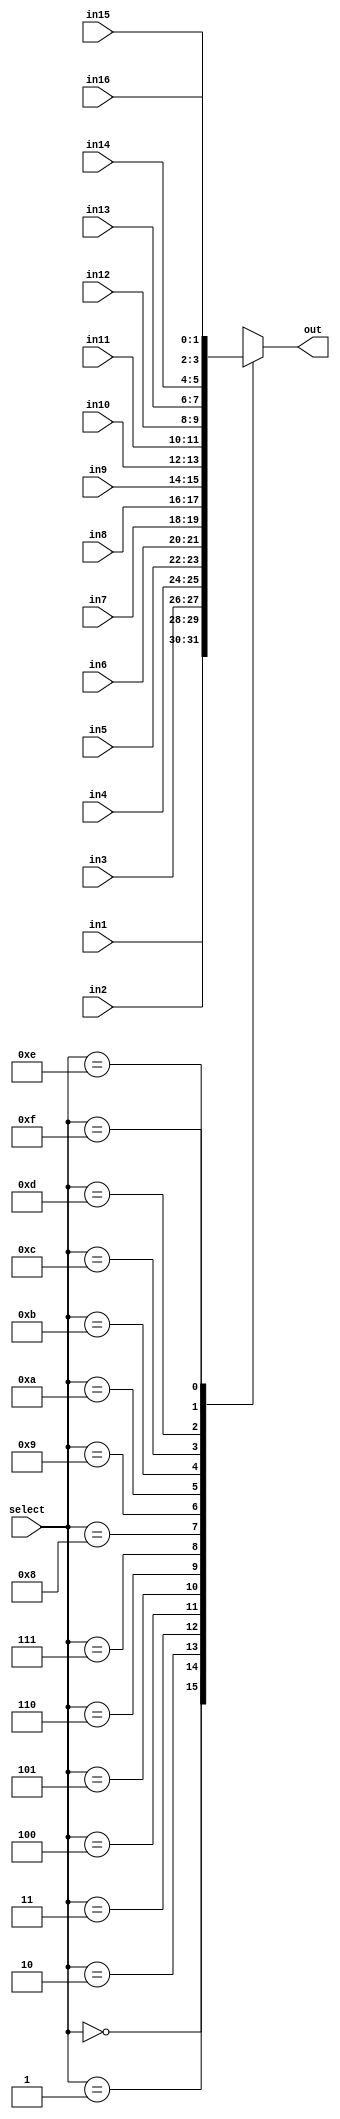
`timescale 1ns / 1ps


module Mux16x1(
    input [1:0] in1,
    input [1:0] in2,
    input [1:0] in3,
    input [1:0] in4,
    input [1:0] in5,
    input [1:0] in6,
    input [1:0] in7,
    input [1:0] in8,
    input [1:0] in9,
    input [1:0] in10,
    input [1:0] in11,
    input [1:0] in12,
    input [1:0] in13,
    input [1:0] in14,
    input [1:0] in15,
    input [1:0] in16,
    input [3:0] select,
    output reg [1:0] out);

    always @(*) begin
        case(select)
            4'd0: out <= in1;
            4'd1: out <= in2;
            4'd2: out <= in3;
            4'd3: out <= in4;
            4'd4: out <= in5;
            4'd5: out <= in6;
            4'd6: out <= in7;
            4'd7: out <= in8;    
            4'd8: out <= in9;
            4'd9: out <= in10;
            4'd10: out <= in11;
            4'd11: out <= in12;
            4'd12: out <= in13;
            4'd13: out <= in14;
            4'd14: out <= in15;
            4'd15: out <= in16;       
        endcase
end
                    
endmodule